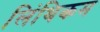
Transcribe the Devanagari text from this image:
लिंथिकम